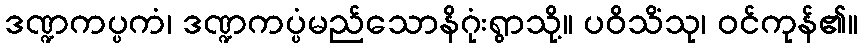
ဒဏ္ဍကပ္ပကံ၊ ဒဏ္ဍကပ္ပံမည်သောနိဂုံးရွာသို့။ ပဝိသိံသု၊ ဝင်ကုန်၏။